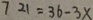
7 2 1 = 3 6 - 3 x